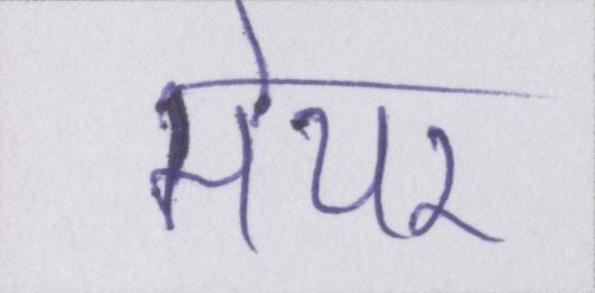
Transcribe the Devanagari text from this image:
मेयर